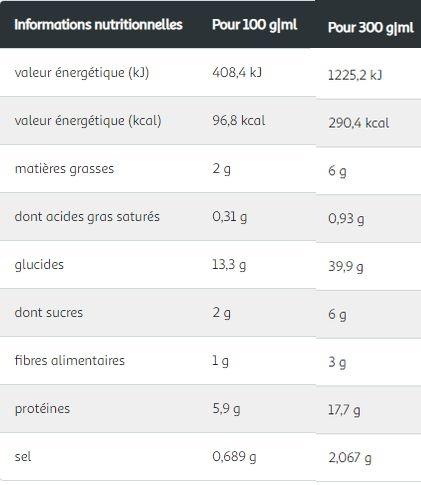
Pour 100 g|ml
Pour 300 g|ml
Informations nutritionnelles
408,4 k)
1225,2 k)
valeur énergétique (k)
96,8 kcal
290,4 kcal
valeur énergétique (kcal)
2 9
6 9
matières grasses
0,31 g
0,93 g
dont acides gras saturés
13,3 g
39,9 g
glucides
29
69
dont sucres
1g
39
fibres alimentaires
5,9 g
17,7 g
protéines
0,689 g
2,067 g
sel